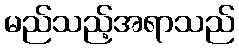
မည်သည့်အရာသည်